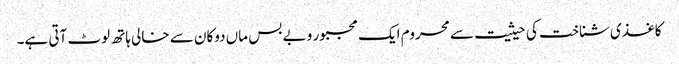
کاغذی شناخت کی حیثیت سے محروم ایک مجبور و بے بس ماں دوکان سے خالی ہاتھ لوٹ آتی ہے۔